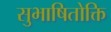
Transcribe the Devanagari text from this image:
सुभाषितोक्ति